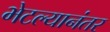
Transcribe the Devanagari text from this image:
भेटल्यानंतर